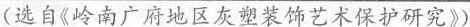
(选自《岭南广府地区灰塑装饰艺术保护研究》)